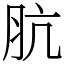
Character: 肮